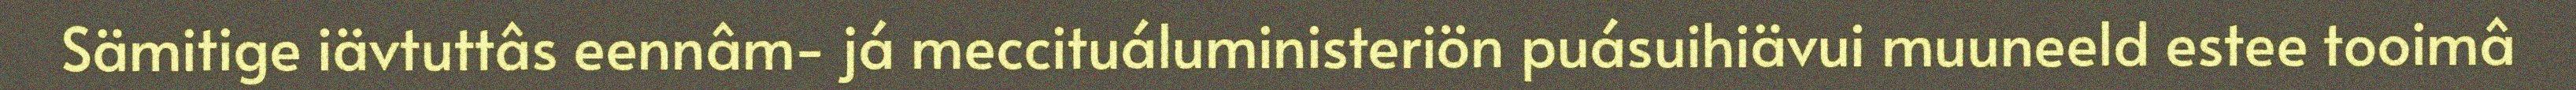
Sämitige iävtuttâs eennâm- já meccituáluministeriön puásuihiävui muuneeld estee tooimâ